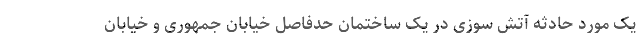
یک مورد حادثه آتش سوزی در یک ساختمان حدفاصل خیابان جمهوری و خیابان